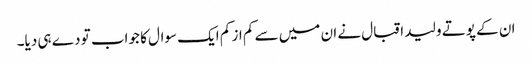
ان کے پوتے ولید اقبال نے ان میں سے کم از کم ایک سوال کا جواب تو دے ہی دیا۔